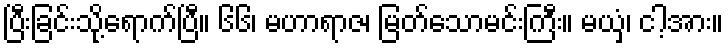
ပြီးခြင်းသို့ရောက်ပြီ။ ၆၆၊ မဟာရာဇ၊ မြတ်သောမင်းကြီး။ မယှံ၊ ငါ့အား။